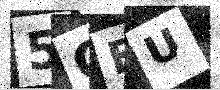
Text: 5OBU